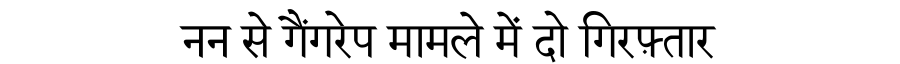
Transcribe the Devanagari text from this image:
नन से गैंगरेप मामले में दो गिरफ़्तार